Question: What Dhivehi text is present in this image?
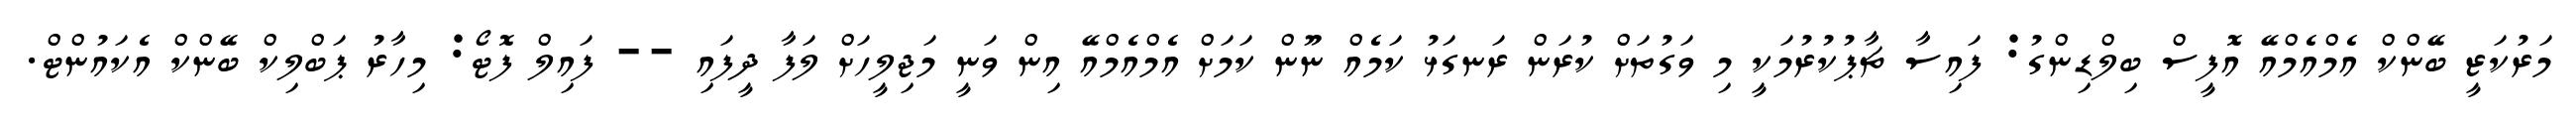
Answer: މަރުކަޒީ ބޭންކް އެމްއެމްއޭ އޮފީސް ބިލްޑިންގު: ފައިސާ ޗާޕުކުރުމަކީ މި ވަގުތަށް ކުރަން ރަނގަޅު ކަމެއް ނޫން ކަމަށް އެމްއެމްއޭ އިން ވަނީ މަޖިލީހަށް ލަފާ ދީފައި -- ފައިލް ފޮޓޯ: މިހާރު ޕަބްލިކް ބޭންކް އެކައުންޓް.